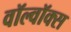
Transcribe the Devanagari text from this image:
वॉल्वॉक्स